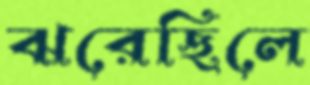
ঝরেছিলে